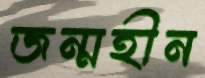
জন্মহীন